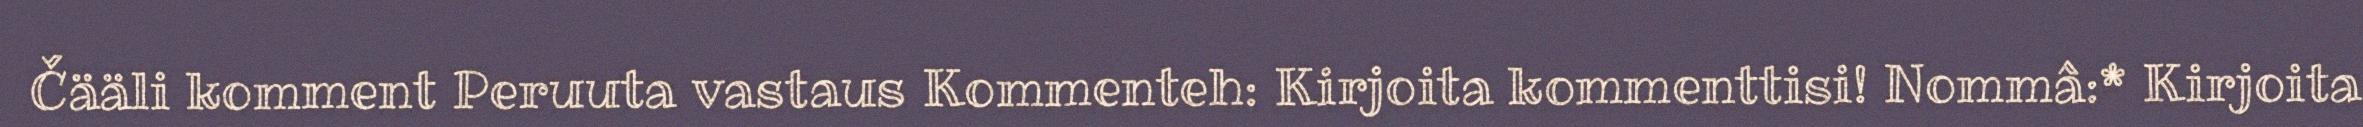
Čääli komment Peruuta vastaus Kommenteh: Kirjoita kommenttisi! Nommâ:* Kirjoita